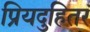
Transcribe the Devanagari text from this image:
प्रियदुहितरं